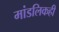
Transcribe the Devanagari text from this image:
मांडलिकही